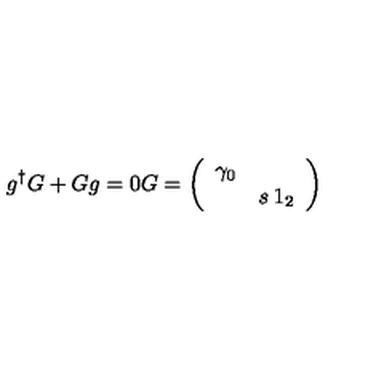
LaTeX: g ^ { \dagger } G + G g = 0 G = \left( \begin{array} { c c } { \gamma _ { 0 } } & { } \\ { } & { s \: 1 _ { 2 } } \\ \end{array} \right)